Lunatic asylums Madras 1877-1891 - 1877-1891
Year: 1877
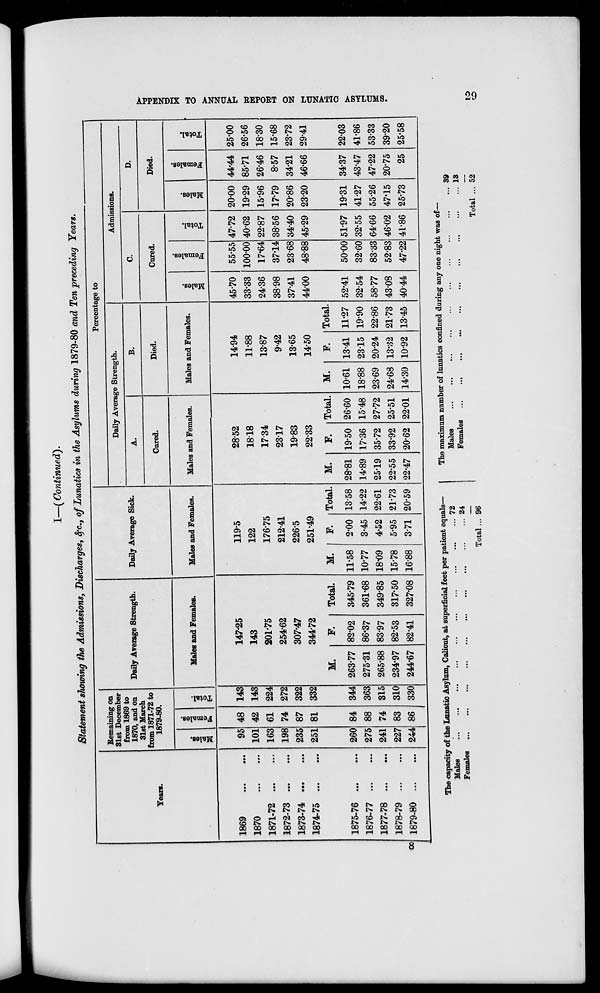
APPENDIX TO ANNUAL REPORT ON LUNATIC ASYLUMS.
29
I—( Continued).
Statement showing the Admissions, Discharges, &c., of Lunatics in the Asylums during 1879-80 and Ten preceding Years.
Years.
1869 ... ...
1870
...
...
1871-72
...
...
1872-73 ... ...
1873-74
...
...
1874-75 ... ...
1875-76
...
...
1876-77 ... ...
1877-78
...
...
1878-79
...
...
1879-80 ... ...
Remaining on
31st December
from 1869 to
1870, and on
31st March
from 1871-72 to
1879-80.
Males.
95
101
163
198
235
251
260
275
241
227
244
Females.
48
42
61
74
87
81
84
88
74
83
86
Total.
143
143
224
272
322
332
344
363
315
310
330
Daily Average Strength.
Males and Females.
147.25
143
201.75
254.62
307.47
344.72
M.
263.77
275.31
265.88
234.97
244.67
F.
82.02
86.37
83.97
82.53
82.41
Total
345.79
361.68
349.85
317.50
327.08
Daily Average Sick.
Males and Females.
119.5
122
176.75
212.41
226.5
251.49
M.
11.58
10.77
18.09
15.78
16.88
F.
2.00
3.45
4.52
5.95
3.71
Total.
13.58
14.22
22.61
21.73
20.59
Percentage to
Daily Average Strength.
A.
Cured.
Males and Females.
28.52
18.18
17.34
23.17
19.83
22.33
M.
28.81
14.89
25.19
22.55
22.47
F.
19.50
17.36
35.72
33.92
20.62
Total.
26.60
15.48
27.72
25.51
22.01
B.
Died.
Males and Females.
14.94
11.88
13.87
9.42
13.65
14.50
M.
10.61
18.88
23.69
24.68
14.30
F.
13.41
23.15
20.24
13.82
10.92
Total.
11.27
19.90
22.86
21.73
13.45
Admissions.
C.
Cured.
Males.
45.70
33.33
24.36
38.98
37.41
44.00
52.41
32.54
58.77
43.08
40.44
Females.
55.55
100.00
17.64
37.14
23.68
48.88
50.00
32.60
83.33
52.83
47.22
Total.
47.72
40.62
22.87
38.56
34.40
45.29
51.97
32.55
64.66
46.02
41.86
D.
Died.
Males.
20.00
19.29
15.96
17.79
20.86
23.20
19.31
41.27
55.26
47.15
25.73
Females.
44.44
85.71
26.46
8.57
34.21
46.66
34.37
43.47
47.22
20.75
25
Total.
25.00
26.56
18.30
15.68
23.72
29.41
22.03
41.86
53.33
39.20
25.58
The capacity of the Lunatic Asylum, Calicut, at superficial feet per patient equals—
Males
...
...
...
...
...
...
...
...
...
...
Females
...
...
...
...
...
...
...
...
...
...
...
Total ...
72
24
96
The maximum number of lunatics confined during any one night was of—
Males
...
...
...
...
...
...
...
...
...
...
Females
...
...
...
...
...
...
...
...
...
...
Total ...
39
13
52
8